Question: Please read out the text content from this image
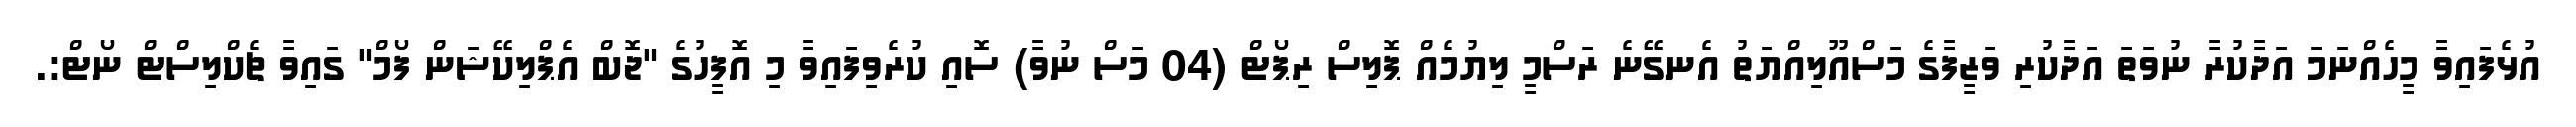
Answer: އުޅެފައިވާ މީހެއްނަމަ އަދާކުރާ ނުވަތަ އަދާކުރި ވަޒީފާގެ މަސްއޫލިއްޔަތު އެނގޭނެ ރަސްމީ ލިޔުމެއް ޕޮލިސް ރިޕޯޓް (04 މަސް ނުވާ) ސޮއި ކުރެވިފައިވާ މި އޮފީހުގެ "ޖޮބް އެޕްލިކޭޝަން ފޯމް" ގައިވާ ޗެކްލިސްޓް ނޯޓް:.